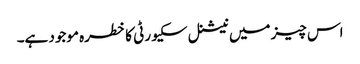
اس چیز میں نیشنل سکیورٹی کا خطرہ موجود ہے۔